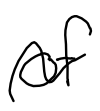
Text: of
Cross-out: wave
Writing tool: digital_black